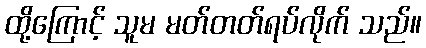
ထို့ကြောင့် သူမ မတ်တတ်ရပ်လိုက် သည်။